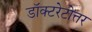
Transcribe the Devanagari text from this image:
डॉक्टरेटोत्तर